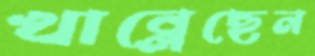
খাব্‌লেছেন